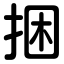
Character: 捆